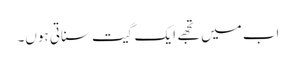
اب میں تجھے ایک گیت سناتی ہوں۔